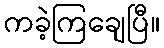
ကခဲ့ကြချေပြီ။